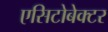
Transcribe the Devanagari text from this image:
एसिटोबेक्टर